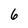
Character: 6